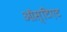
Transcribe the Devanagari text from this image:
ऑस्टिएट